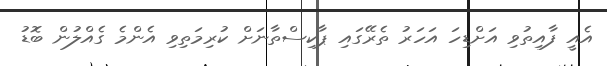
އެއީ ފާއިތުވި އަށްޑިހަ އަހަރު ތެރޭގައި ޕާކިސްތާނަށް ކުރިމަތިވި އެންމެ ގެއްލުން ބޮޑު